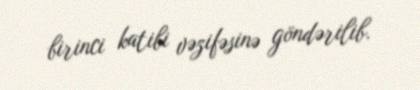
birinci katibi vəzifəsinə göndərilib.